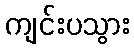
ကျင်းပသွား